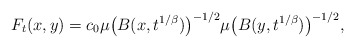
\begin{align*}F_{t}(x,y)=c_{0}\mu\bigl(B(x,t^{1/\beta})\bigr)^{-1/2}\mu\bigl(B(y,t^{1/\beta})\bigr)^{-1/2},\end{align*}